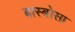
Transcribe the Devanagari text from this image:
बास्बोसा